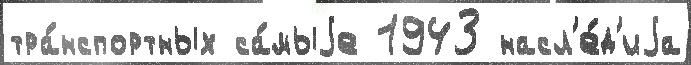
тра́нспортных са́мыjе 1943 насл'е́д'иjа